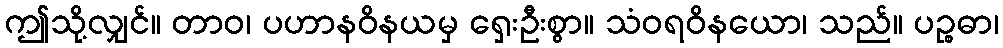
ဤသို့လျှင်။ တာဝ၊ ပဟာနဝိနယမှ ရှေးဦးစွာ။ သံဝရဝိနယော၊ သည်။ ပဉ္စဓာ၊